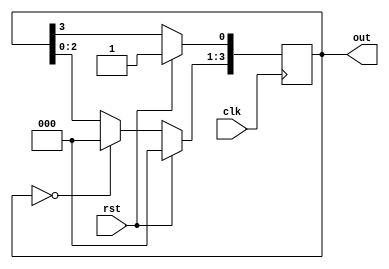

module ring_counter_behavioral_module(clk, rst, out);

    input clk;
	input rst;
	
    output [3:0] out;
	reg [3:0] out;
	
	always @ (posedge clk) 
	begin
		if(rst == 1'b1)
		begin
			out <= 4'b0001;
		end
		else
		begin
			if(out == 4'b0000) 
				out <= 4'b0001;
			else
				out <= out << 1;
				out [0] <= out[3];
		end		
	end

endmodule